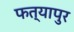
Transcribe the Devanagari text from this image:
फत्यापुर